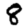
Digit: 8